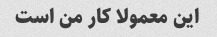
این معمولا کار من است